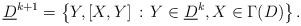
LaTeX: \begin{align*}\underline{D}^{k+1} = \left\{ Y, [X,Y] \, : \, Y \in \underline{D}^k, X \in \Gamma(D) \right\}.\end{align*}